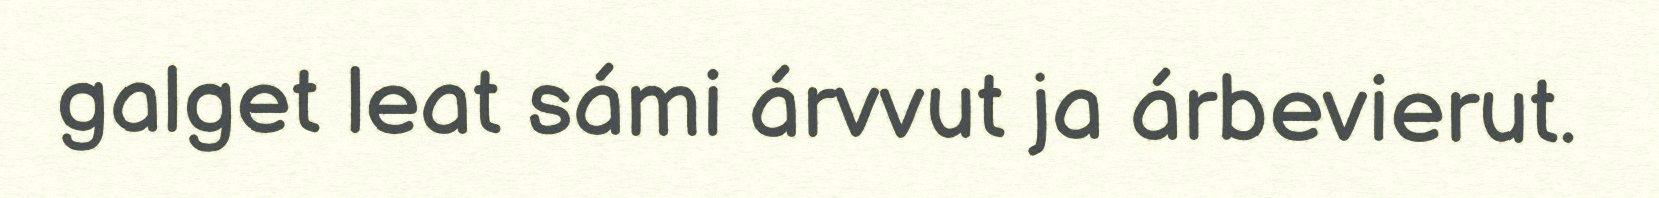
galget leat sámi árvvut ja árbevierut.